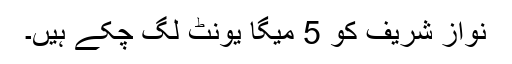
نواز شریف کو 5 میگا یونٹ لگ چکے ہیں۔